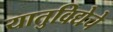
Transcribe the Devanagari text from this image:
यातुविद्येचे